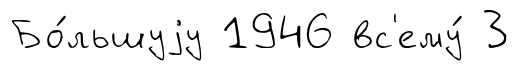
Бо́льшуjу 1946 вс'ему́ 3